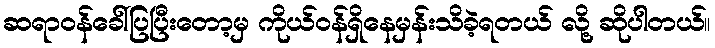
ဆရာဝန်ခေါ်ပြပြီးတော့မှ ကိုယ်ဝန်ရှိနေမှန်းသိခဲ့ရတယ် လို့ ဆိုပါတယ်။